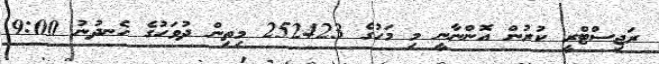
ރަޖިސްޓްރީ ކުރުން އޮންނާނީ މި މަހުގެ 252423 މިތިން ދުވަހުގެ ހެނދުނު 9:00